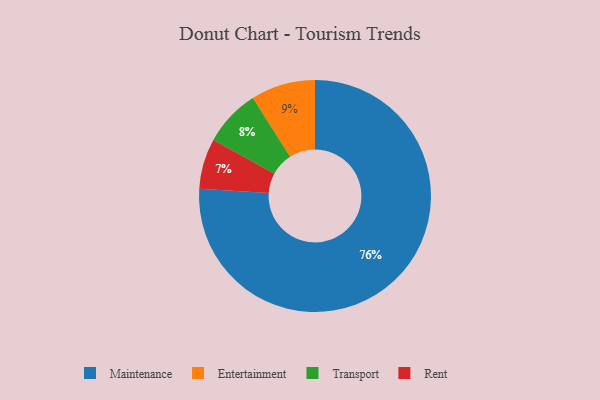
{"axis": {"x": "Category", "y": "Percentage"}, "legend": ["Entertainment", "Maintenance", "Rent", "Transport"], "data": [{"x": "Entertainment", "y": 9, "type": "Entertainment"}, {"x": "Rent", "y": 7, "type": "Rent"}, {"x": "Transport", "y": 8, "type": "Transport"}, {"x": "Maintenance", "y": 76, "type": "Maintenance"}]}